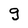
Character: g